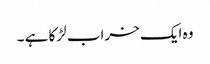
وہ ایک خراب لڑکا ہے ۔